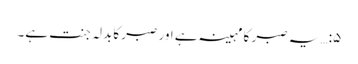
۵:… یہ صبر کا مہینہ ہے اور صبر کابدلہ جنت ہے۔